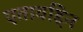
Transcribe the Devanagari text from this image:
एतावद्दिन